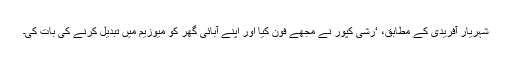
شہریار آفریدی کے مطابق، ‘رشی کپور نے مجھے فون کیا اور اپنے آبائی گھر کو میوزیم میں تبدیل کرنے کی بات کی۔